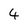
Character: 4